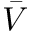
\bar { V }